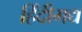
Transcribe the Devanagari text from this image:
हिंदीगद्य